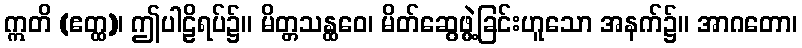
ဣတိ (ဧတ္ထ)၊ ဤပါဠိရပ်၌။ မိတ္တသန္ထဝေ၊ မိတ်ဆွေဖွဲ့ခြင်းဟူသော အနက်၌။ အာဂတော၊